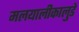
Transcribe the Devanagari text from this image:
मलयालीकालुडे